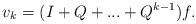
LaTeX: \begin{align*}v_{k}=(I+Q+...+Q^{k-1})f. \end{align*}